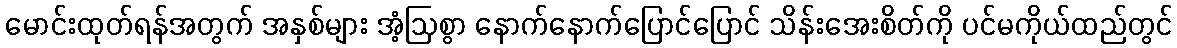
မောင်းထုတ်ရန်အတွက် အနှစ်များ အံ့ဩစွာ နောက်နောက်ပြောင်ပြောင် သိန်းအေးစိတ်ကို ပင်မကိုယ်ထည်တွင်